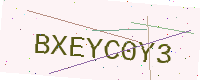
Text: BXEYC0Y3